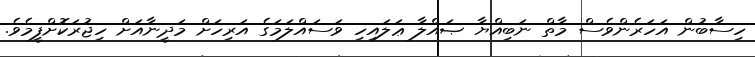
ހިސާބުން އަހަރެންވެސް މާތް ނަބިއްޔާ ޞައްލާ ޢަލައިހި ވަސައްލަމަގެ އަރިހަށް މަދީނާއަށް ހިޖުރަކޮށްފީމެވެ.